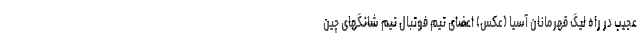
عجیب در راه لیگ قهرمانان آسیا (عکس) اعضای تیم فوتبال تیم شانگهای چین